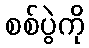
စစ်ပွဲကို